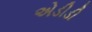
એડીડી